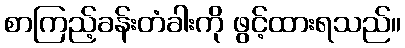
စာကြည့်ခန်းတံခါးကို ဖွင့်ထားရသည်။